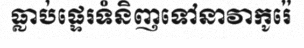
ធ្លាប់ផ្ទេរទំនិញទៅនាវាកូរ៉េ